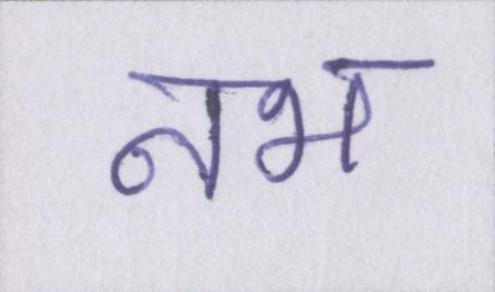
नभ